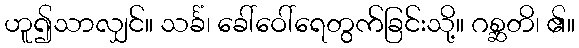
ဟူ၍သာလျှင်။ သင်္ခံ၊ ခေါ်ဝေါ်ရေတွက်ခြင်းသို့။ ဂစ္ဆတိ၊ ၏။